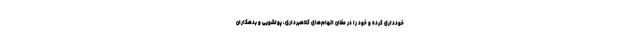
خودداری کرده و خود را در مظان اتهام‌های کلاهبرداری، پولشویی و بدهکاران